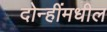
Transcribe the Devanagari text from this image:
दोन्हींमधील